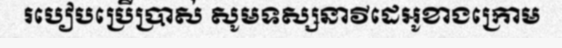
របៀបប្រើប្រាស់ សូមទស្សនាវីដេអូខាងក្រោម